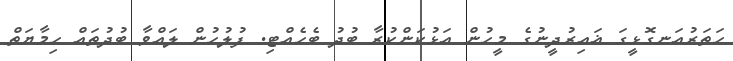
ހަތަރުއަނގޮޅީގަ ޣައިރުދީނުގެ މީހުން އަޅުކަންކުރާ ބުދު ބެހެއްޓި. ފުލުހުން ލައްވާ ބުދުތައް ޙިމާޔަތް